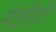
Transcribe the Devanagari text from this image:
नॅटलिटी